Indian journal of veterinary science and animal husbandry - Volume 2,
Year: 1932
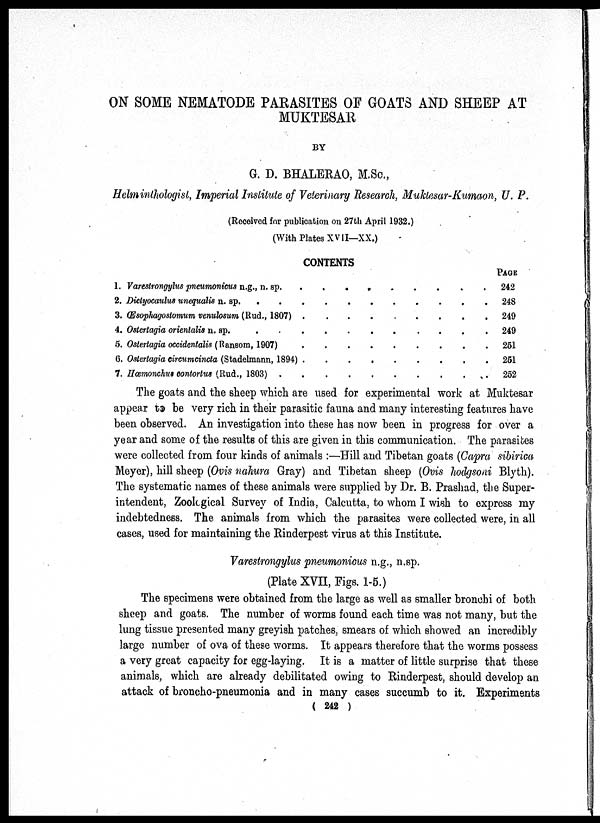
ON SOME NEMATODE PARASITES OF GOATS AND SHEEP AT
MUKTESAR
BY
G. D. BHALERAO, M.Sc.,
Helminthologist, Imperial Institute of Veterinary Research, Muktesar-Kumaon, U. P.
(Received for publication on 27th April 1932.)
(With Plates XVII—XX.)
1.
2.
3.
4.
5.
6.
7.
CONTENTS
Varestrongylus pneumonicus n.g., n. sp.
Dictyocaulus unequalis n. sp.
.
.
Œsophagostomum venulosum (Rud., 1807)
Ostertagia orientalis n. sp.
.
.
Ostertagia occidentalis (Ransom, 1907)
Ostertagia circumcincta (Stadelmann, 1894)
Hœmonchus contortus (Rud., 1803)
.
.
.
.
.
.
.
.
.
.
.
.
.
.
.
.
.
.
.
.
.
.
.
.
.
.
.
.
.
.
.
.
.
.
.
.
.
.
.
.
.
.
.
.
.
.
.
.
.
.
.
.
.
.
.
.
.
.
.
.
.
.
.
.
Page
. 242
. 248
. 249
. 249
. 251
. 251
. 252
The goats and the sheep which are used for experimental work at Muktesar
appear to be very rich in their parasitic fauna and many interesting features have
been observed. An investigation into these has now been in progress for over a
year and some of the results of this are given in this communication. The parasites
were collected from four kinds of animals :—Hill and Tibetan goats (Capra sibirica
Meyer), hill sheep (Ovis nahura Gray) and Tibetan sheep (Ovis hodgsoni Blyth).
The systematic names of these animals were supplied by Dr. B. Prashad, the Super-
intendent, Zoological Survey of India, Calcutta, to whom I wish to express my
indebtedness. The animals from which the parasites were collected were, in all
cases, used for maintaining the Rinderpest virus at this Institute.
Varestrongylus pneumonicus n.g., n.sp.
(Plate XVII, Figs. 1-5.)
The specimens were obtained from the large as well as smaller bronchi of both
sheep and goats. The number of worms found each time was not many, but the
lung tissue presented many greyish patches, smears of which showed an incredibly
large number of ova of these worms. It appears therefore that the worms possess
a very great capacity for egg-laying. It is a matter of little surprise that these
animals, which are already debilitated owing to Rinderpest, should develop an
attack of broncho-pneumonia and in many cases succumb to it. Experiments
( 242 )